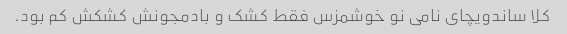
کلا ساندویچای نامی نو خوشمزس فقط کشک و بادمجونش کشکش کم بود.